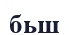
бьш